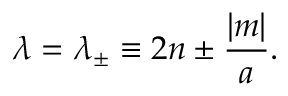
\lambda = \lambda _ { \pm } \equiv 2 n \pm { \frac { | m | } { a } } .